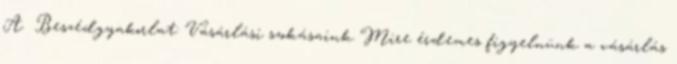
A Beszédgyakorlat: Vásárlási szokásaink Mire érdemes figyelnünk a vásárlás